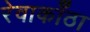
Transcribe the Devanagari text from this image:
रेवाकाँठा